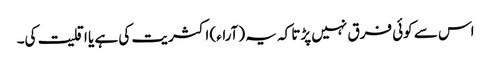
اس سے کوئی فرق نہیں پڑتا کہ یہ (آراء) اکثریت کی ہے یا اقلیت کی۔